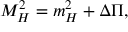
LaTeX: M _ { H } ^ { 2 } = m _ { H } ^ { 2 } + \Delta \Pi ,